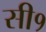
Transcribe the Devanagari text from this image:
सी१